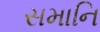
સમાનિ